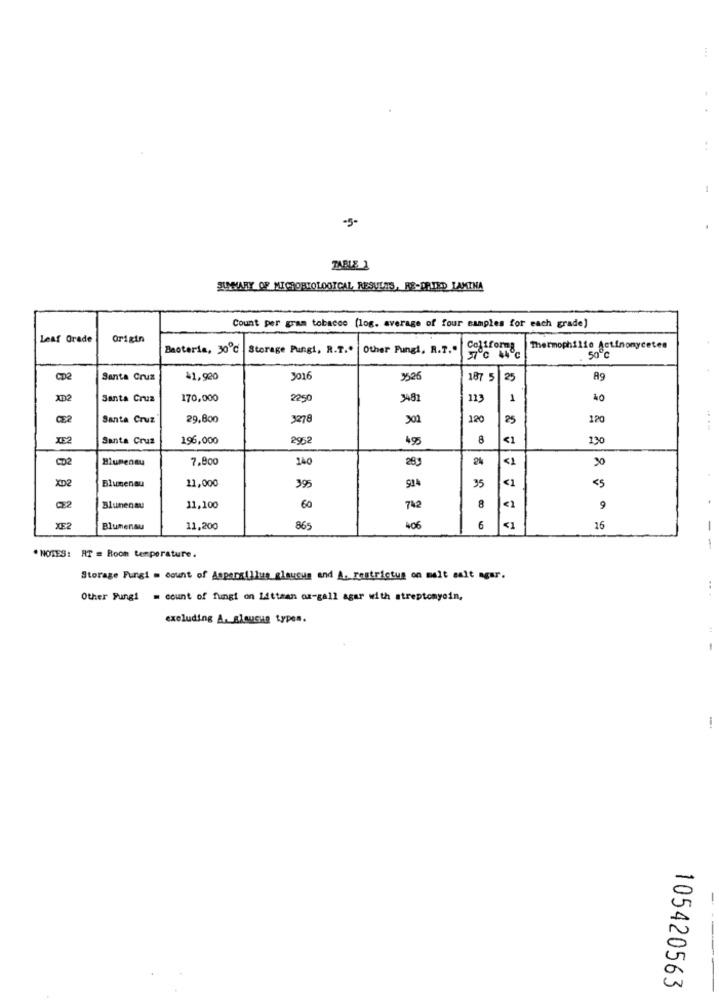
-3-
TABLE 1
SUMMARY OF MICHORVOLOOTCAL, RESULTS, RE-DRIED LAMINA
Count per gram tobacco (log. average of four samples for each grade)
Leaf Grade
Origin
Bacteria, 30℃ Storage Pungi, R.T ..
Other Fungi, R.T."
Coliforma
Thermophilio Actinomycetes
50 ℃
CD2
Santa Cruz
$1,920
3016
3526
187 5
25
A9
XD2
Santa Cruz
170,000
2250
3481
113
1
40
CE2
Santa Cruz
29,800
3278
120
25
120
XE2
Santa Cruz
196,000
2952
495
8
<1
130
CD2
Blumenau
7.800
140
283
2%
<1
XD2
11,000
395
35
<1
<5
Blumenau
.
Blumenau
11,100
60
742
8
9
XE2
Blumenau
11,200
865
406
6
<1
16
-
-
. NOTES: RT = Room temperature.
Storage Fungi = count of Aspergillus glaucus and A. restrictus on malt salt agar.
..
Other Fungi = count of fungi on Littsan om-gall agar with streptomycin,
excluding A. glaucus types.
1
i
---
105420563